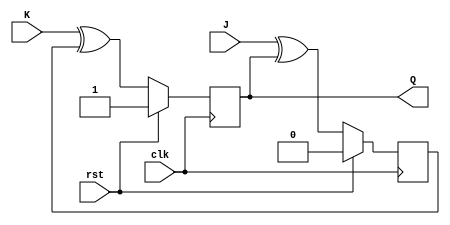
module jk_flip_flop (
    input wire clk, // Clock input
    input wire rst, // Reset input
    input wire J,   // Set input
    input wire K,   // Reset input
    output reg Q    // Output
);

reg D1, D2; // D flip-flop outputs

// Master D flip-flop (enabled on rising edge of clock)
always @(posedge clk) begin
    if (rst) begin // Reset
        D1 <= 1'b0;
    end else begin
        D1 <= J ^ Q; // Determine the input based on J and current state
    end
end

// Slave D flip-flop (enabled on falling edge of clock)
always @(negedge clk) begin
    if (rst) begin // Reset
        D2 <= 1'b1;
    end else begin
        D2 <= K ^ D1; // Determine the input based on K and master flip-flop output
    end
end

// Output Q is the output of the slave flip-flop
always @(*) begin
    Q <= D2;
end

endmodule